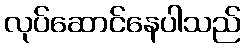
လုပ်ဆောင်နေပါသည်